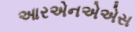
આરએનએએસ